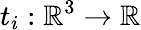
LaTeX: t_{i}:\mathbb{R}^{3}\rightarrow\mathbb{R}